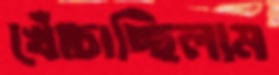
খোঁচাচ্ছিলাম